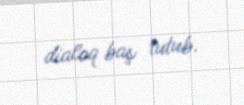
dialoq baş tutub.